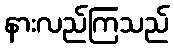
နားလည်ကြသည်